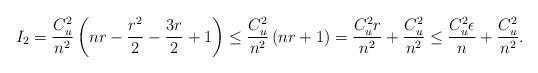
LaTeX: \begin{align*}I_2 = \frac{C_u^2}{n^2}\left(nr - \frac{r^2}{2} - \frac{3r}{2} +1\right) \leq \frac{C_u^2}{n^2}\left(nr+1\right) =\frac{C_u^2r}{n^2} + \frac{C_u^2}{n^2} \leq \frac{C_u^2 \epsilon}{n} + \frac{C_u^2}{n^2}.\end{align*}